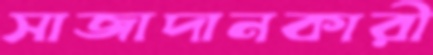
সাজাদানকারী